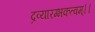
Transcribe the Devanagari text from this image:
द्रव्यारम्भकत्वम्।।